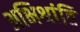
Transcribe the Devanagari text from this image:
अभिश्रांति